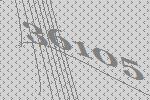
36105